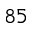
^ { 8 5 }